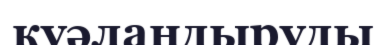
куәландыруды